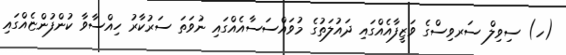
(ހ) ސިވިލް ސަރވިސްގެ ވަޒީފާއެއްގައި ދައުލަތުގެ މުވައްސަސާއެއްގައި ނުވަތަ ސަރުކާރު ހިއްސާވާ ކުންފުންޏެއްގައި